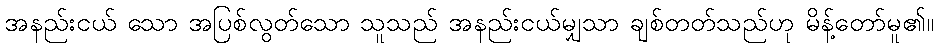
အနည်းငယ် သော အပြစ်လွတ်သော သူသည် အနည်းငယ်မျှသာ ချစ်တတ်သည်ဟု မိန့်တော်မူ၏။